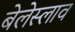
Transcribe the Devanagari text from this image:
बेलेस्लाव